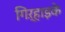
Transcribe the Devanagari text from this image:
गिऱ्हाइके